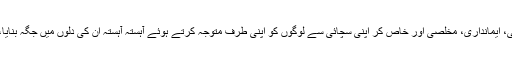
کبھی آپ کا سر قلم کرنے کا سوچتے رہتے مگر حضور ص نے برداشت، صبر، استقامت و نرم دلی، ایمانداری، مخلصی اور خاص کر اپنی سچائی سے لوگوں کو اپنی طرف متوجہ کرتے ہوئے آہستہ آہستہ ان کی دلوں میں جگہ بنایا، وہی نفرت کرنے والے کفار بھی اسلام قبول کرنے لگے اور اسی طرح آہستہ آہستہ اسلام پھیلتا رہا۔